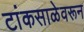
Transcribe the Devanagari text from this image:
टांकसाळेवरून